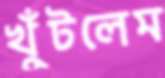
খুঁটলেম